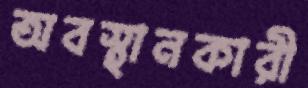
অবস্থানকারী